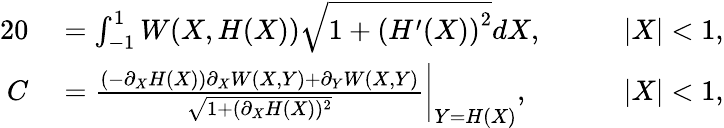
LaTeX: \begin{array}{rlrl}{{2}0}&{{}=\int_{-1}^{1}W(X,H(X))\sqrt{1+\left(H^{\prime}(X)\right)^{2}}dX,}&{}&{{}\quad|X|<1,}\\ {C}&{{}=\frac{(-\partial_{X}H(X))\partial_{X}W(X,Y)+\partial_{Y}W(X,Y)}{\sqrt{1+(\partial_{X}H(X))^{2}}}\bigg|_{Y=H(X)},}&{}&{{}\quad|X|<1,}\end{array}